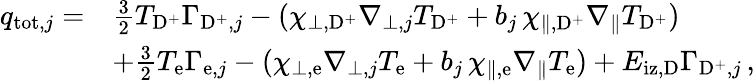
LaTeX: \begin{array}{rl}{q_{\mathrm{tot},j}=}&{\frac{3}{2}T_{\mathrm{D}^{+}}\Gamma_{\mathrm{D}^{+},j}-(\chi_{\perp,\mathrm{D}^{+}}\nabla_{\perp,j}T_{\mathrm{D}^{+}}+b_{j}\, \chi_{\| ,\mathrm{D}^{+}}\nabla_{\| }T_{\mathrm{D}^{+}})}\\ &{+\frac{3}{2}T_{\mathrm{e}}\Gamma_{\mathrm{e},j}-(\chi_{\perp,\mathrm{e}}\nabla_{\perp,j}T_{\mathrm{e}}+b_{j}\, \chi_{\| ,\mathrm{e}}\nabla_{\| }T_{\mathrm{e}})+E_{\mathrm{iz},\mathrm{D}}\Gamma_{\mathrm{D}^{+},j}\, ,}\end{array}